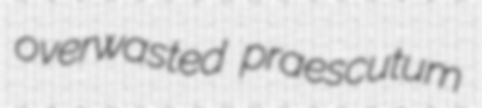
overwasted praescutum